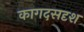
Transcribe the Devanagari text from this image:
कागदसदृश